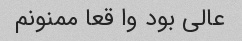
عالی بود وا قعا ممنونم